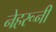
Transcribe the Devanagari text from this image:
नेहरूनी